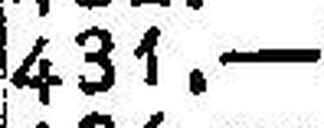
431.—